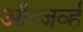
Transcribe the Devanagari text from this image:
ऑब्जर्व्ह